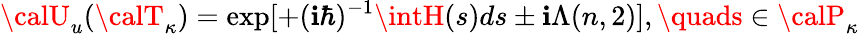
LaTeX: {\calU}_{u}({\calT}_{\kappa})=\exp[+(\mathbf{i}\hbar)^{-1}\intH(s)ds\pm\mathbf{i}\Lambda(n,2)],\quads\in{\calP}_{\kappa}